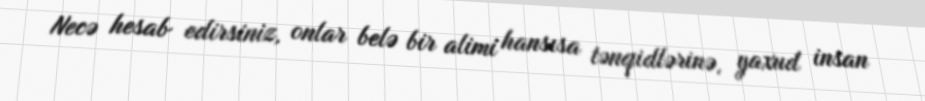
Necə hesab edirsiniz, onlar belə bir alimi hansısa tənqidlərinə, yaxud insan